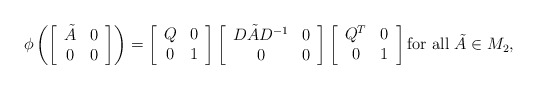
\begin{align*}\phi \left(\left[\begin{array}{cc}\tilde{A} & 0 \\ 0 & 0\end{array} \right]\right) = \left[ \begin{array}{cc} Q & 0 \\ 0 & 1\end{array} \right]\left[\begin{array}{cc}D\tilde{A}D^{-1} & 0 \\ 0 & 0\end{array} \right]\left[ \begin{array}{cc} Q^T & 0 \\ 0 & 1\end{array} \right]\textrm{for all $\tilde{A}\in M_2$,}\end{align*}